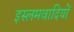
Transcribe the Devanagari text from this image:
इस्लमवादियों